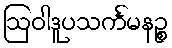
ဩဝါဒူပသင်္ကမနဉ္စ